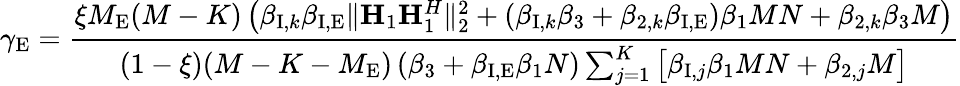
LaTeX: \gamma_{\mathrm{E}}=\frac{\xi M_{\mathrm{E}}(M-K)\left(\beta_{\mathrm{I},k}\beta_{\mathrm{I,E}}\Vert{\mathbf H}_{1}{\mathbf H}_{1}^{H}\Vert_{2}^{2}+\left(\beta_{\mathrm{I},k}\beta_{3}+\beta_{2,k}\beta_{\mathrm{I,E}}\right)\beta_{1}MN+\beta_{2,k}\beta_{3}M\right)}{(1-\xi)(M-K-M_{\mathrm{E}})\left(\beta_{3}+\beta_{\mathrm{I,E}}\beta_{1}N\right)\sum_{j=1}^{K}\big[\beta_{\mathrm{I},j}\beta_{1}MN+\beta_{2,j}M\big]}